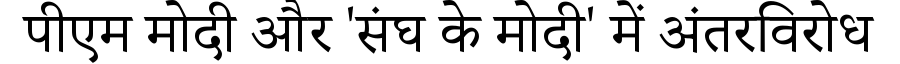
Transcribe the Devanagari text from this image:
पीएम मोदी और 'संघ के मोदी' में अंतरविरोध